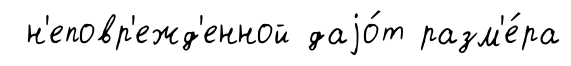
н'еповр'ежд'енной даjо́т разм'е́ра